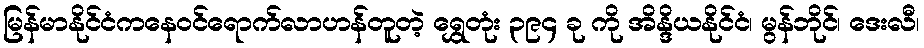
မြန်မာနိုင်ငံကနေဝင်ရောက်လာဟန်တူတဲ့ ရွှေတုံး ၃၉၄ ခု ကို အိန္ဒိယနိုင်ငံ၊ မွန်ဘိုင်၊ ဒေးလီ၊